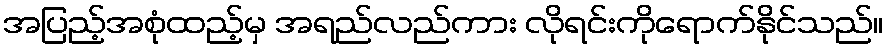
အပြည့်အစုံထည့်မှ အရည်လည်ကား လိုရင်းကိုရောက်နိုင်သည်။